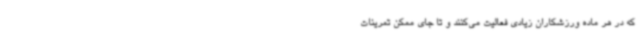
که در هر ماده ورزشکاران زیادی فعالیت می‌کنند و تا جای ممکن تمرینات